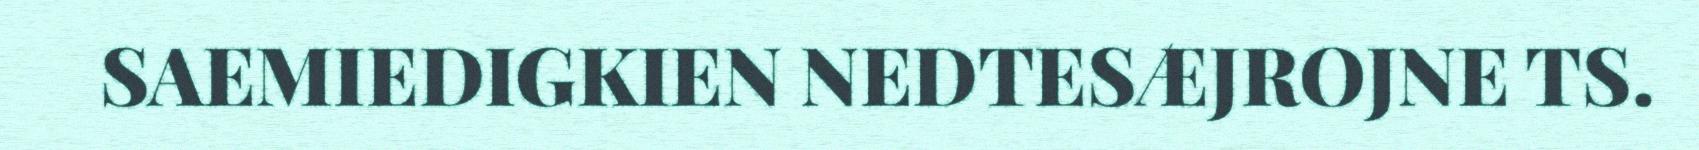
SAEMIEDIGKIEN NEDTESÆJROJNE TS.